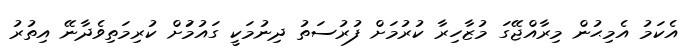
އެކަމު އެމިޙުން މިރާއްޖޭގަ މުޒާހިރާ ކުރުމަށް ފުރުސަތު ދިނުމަކީ ގައުމުަށް ކުރިމަތިވެދާނޭ އިތުރު